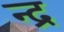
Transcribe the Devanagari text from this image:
न्द्र